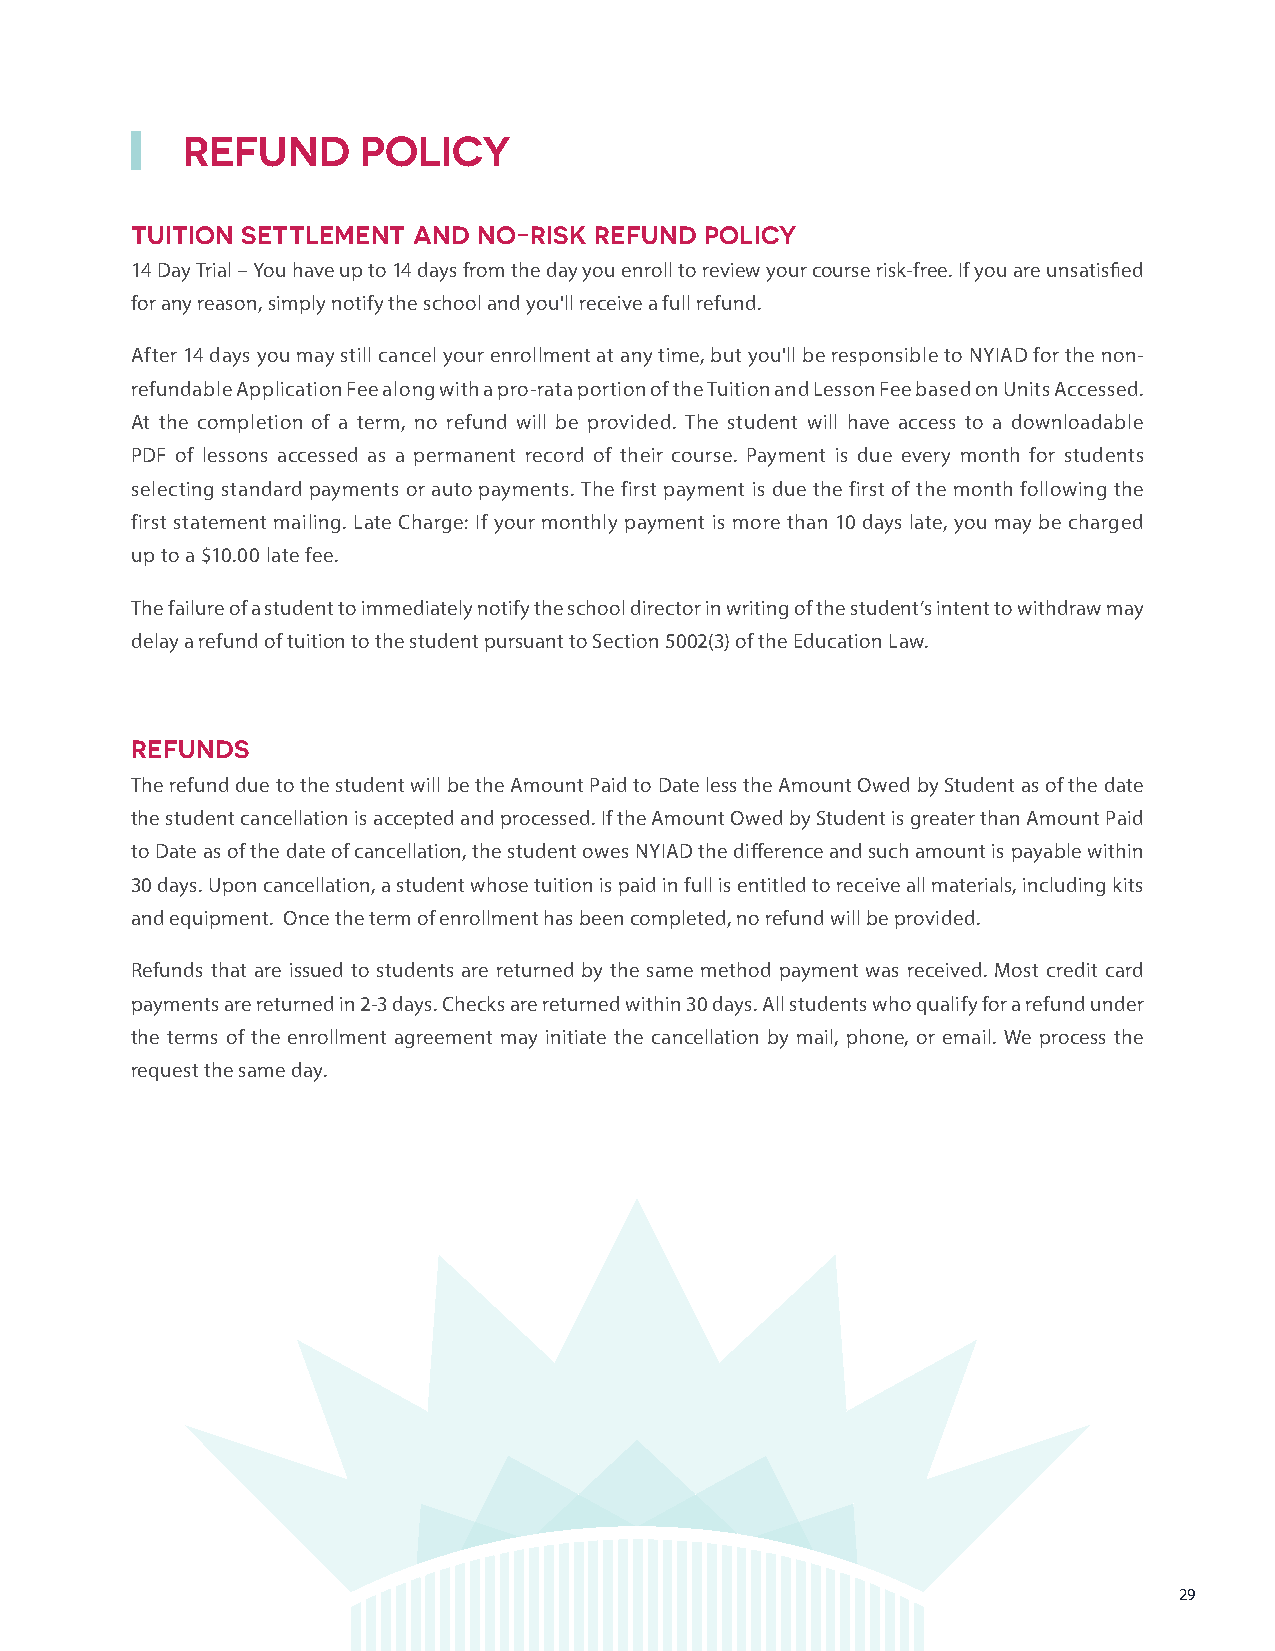
REFUND      POLICY
 TUITION SETTLEMENT AND NO-RISK REFUND POLICY
 14 Day Trial – You have up to 14 days from the day you enroll to review your course risk-free. If you are unsatisfied
 for any reason, simply notify the school and you'll receive a full refund.
 After 14 days you may still cancel your enrollment at any time, but you'll be responsible to NYIAD for the non-
 refundable Application Fee along with a pro-rata portion of the Tuition and Lesson Fee based on Units Accessed.
 At the completion of a term, no refund will be provided. The student will have access to a downloadable
 PDF of lessons accessed as a permanent record of their course. Payment is due every month for students
 selecting standard payments or auto payments. The first payment is due the first of the month following the
 first statement mailing. Late Charge: If your monthly payment is more than 10 days late, you may be charged
 up to a $10.00 late fee.
 The failure of a student to immediately notify the school director in writing of the student’s intent to withdraw may
 delay a refund of tuition to the student pursuant to Section 5002(3) of the Education Law.
 REFUNDS
 The refund due to the student will be the Amount Paid to Date less the Amount Owed by Student as of the date
 the student cancellation is accepted and processed. If the Amount Owed by Student is greater than Amount Paid
 to Date as of the date of cancellation, the student owes NYIAD the difference and such amount is payable within
 30 days. Upon cancellation, a student whose tuition is paid in full is entitled to receive all materials, including kits
 and equipment. Once the term of enrollment has been completed, no refund will be provided.
 Refunds that are issued to students are returned by the same method payment was received. Most credit card
 payments are returned in 2-3 days. Checks are returned within 30 days. All students who qualify for a refund under
 the terms of the enrollment agreement may initiate the cancellation by mail, phone, or email. We process the
 request the same day.
 29